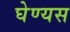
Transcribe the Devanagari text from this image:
घेण्यस